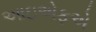
આઇએફએ